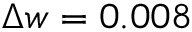
\Delta w = 0 . 0 0 8